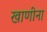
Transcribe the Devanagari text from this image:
खाणींना